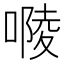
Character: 𠻱